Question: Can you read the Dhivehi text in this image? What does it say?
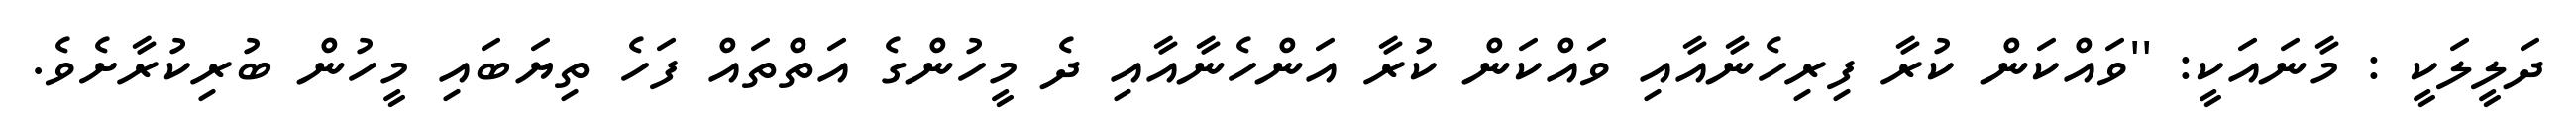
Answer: ދަލީލަކީ : މާނައަކީ: ''ވައްކަން ކުރާ ފިރިހެނާއާއި ވައްކަން ކުރާ އަންހެނާއާއި ދެ މީހުންގެ އަތްތައް ފަހެ ތިޔަބައި މީހުން ބުރިކުރާށެވެ.